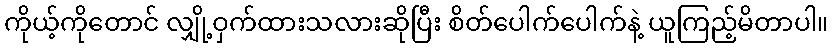
ကိုယ့်ကိုတောင် လျှို့ဝှက်ထားသလားဆိုပြီး စိတ်ပေါက်ပေါက်နဲ့ ယူကြည့်မိတာပါ။